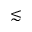
\lesssim